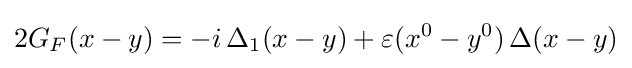
2G_{F}(x-y)=-i\,\Delta _{1}(x-y)+\varepsilon (x^{0}-y^{0})\,\Delta (x-y)